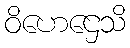
ဝိဟေဌေသိ